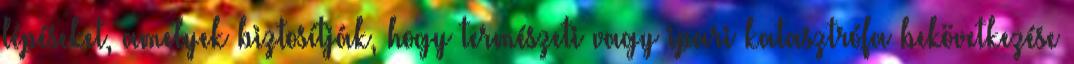
lépéseket, amelyek biztosítják, hogy természeti vagy ipari katasztrófa bekövetkezése